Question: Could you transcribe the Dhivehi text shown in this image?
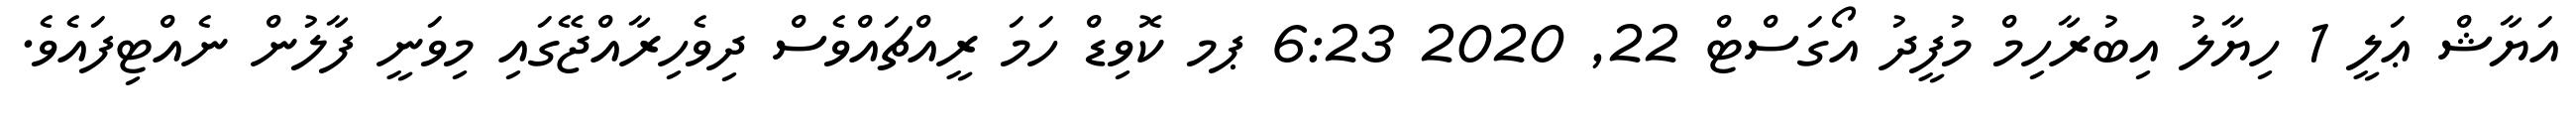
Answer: އަޔާޝް ޢަލީ 1 ހިޔާލު އިބުރާހިމް މުފީދު އޯގަސްޓް 22, 2020 6:23 ޕމ ކޮވިޑް ހަމަ ރީއްޗައްވެސް ދިވެހިރާއްޖޭގައި މިވަނީ ފާލުން ނެއްޓިފައެވެ.